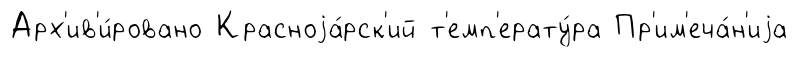
Арх'ив'и́ровано Красноjа́рск'ий т'емп'ерату́ра Пр'им'еча́н'иjа